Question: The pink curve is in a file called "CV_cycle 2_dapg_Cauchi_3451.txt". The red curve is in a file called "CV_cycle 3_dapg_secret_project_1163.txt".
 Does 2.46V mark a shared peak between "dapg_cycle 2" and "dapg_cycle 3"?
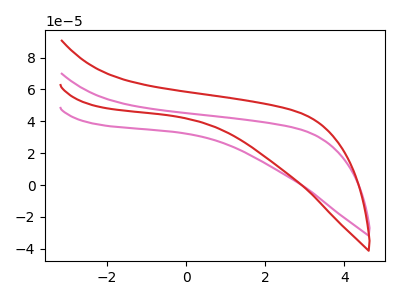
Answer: <think>The pink curve "dapg_cycle 2" has no peaks. The red curve "dapg_cycle 3" has no peaks.</think>
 <answer>No, "dapg_cycle 2" and "dapg_cycle 3" dont share a peak at 2.46V.</answer>
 <eval>mismatch</eval>